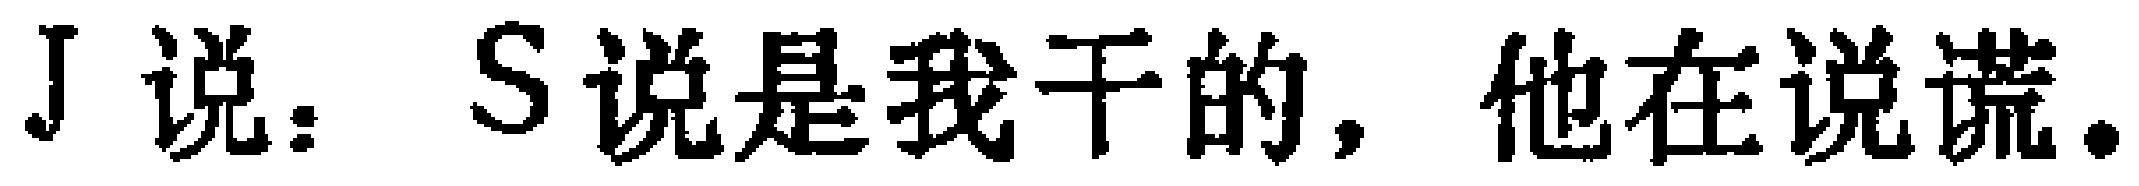
J 说：S 说是我干的，他在说谎。